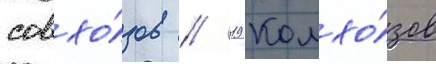
совхо́зов / 19 колхо́зов